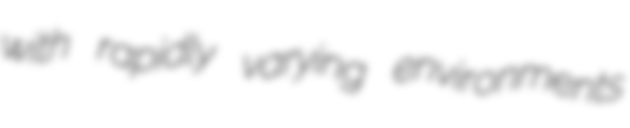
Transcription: with rapidly varying environments